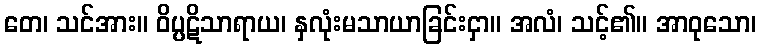
တေ၊ သင်အား။ ဝိပ္ပဋိသာရာယ၊ နှလုံးမသာယာခြင်းငှာ။ အလံ၊ သင့်၏။ အာဝုသော၊